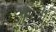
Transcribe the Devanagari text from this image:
पैमाने।